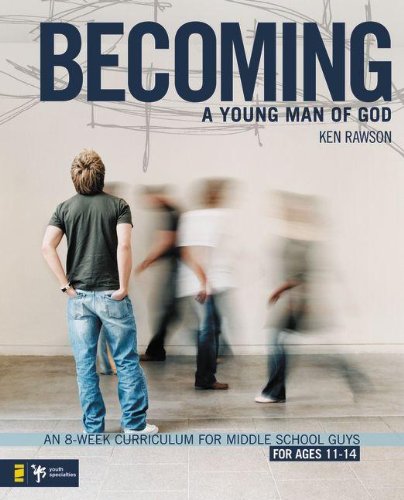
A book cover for Becoming a Young Man of God: An 8-Week Curriculum for Middle School Guys (Breaking the Code); Ken Rawson; Christian Books & Bibles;